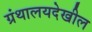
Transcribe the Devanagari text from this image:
ग्रंथालयदेखील